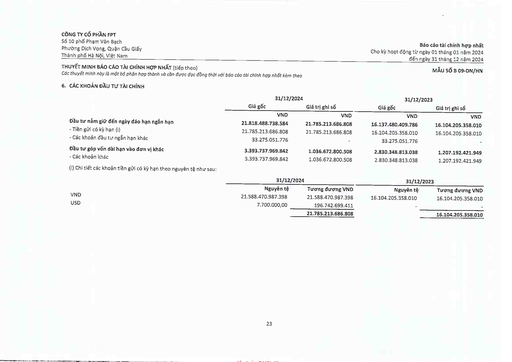
||31/12/2024||31/12/2023|| |---|---|---|---|---| ||Giá gốc|Giá trị ghi sổ|Giá gốc|Giá trị ghi sổ| ||VND|VND|VND|VND| |Đầu tư nắm giữ đến ngày đáo hạn ngắn hạn|21.818.488.738.584|21.785.213.686.808|16.137.480.409.786|16.104.205.358.010| |Tiền gửi có kỳ hạn (i)|21.785.213.686.808|21.785.213.686.808|16.104.205.358.010|16.104.205.358.010| |- Các khoản đầu tư ngắn hạn khác|33.275.051.776||33.275.051.776|| |Đầu tư góp vốn dài hạn vào đơn vị khác|3.393.737.969.842|1.036.672.800.508|2.830.348.813.038|1.207.192.421.949| |Các khoản khác|3.393.737.969.842|1.036.672.800.508|2.830.348.813.038|1.207.192.421.949| ||31/12/2024||31/12/2023|| |---|---|---|---|---| ||Nguyên tệ|Tương đương VND|Nguyên tệ|Tương đương VND| |VND|21.588.470.987.398|21.588.470.987.398|16.104.205.358.010|16.104.205.358.010| |USD|7.700.000,00|196.742.699.411||| |||21.785.213.686.808||16.104.205.358.010|